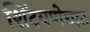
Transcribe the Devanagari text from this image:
शिंदवणेघाट